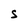
Character: S